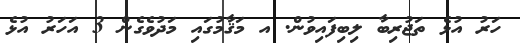
ހަރު އުޅެ ތަޖުރިބާ ލިބިފައިވުން. އ މަޤާމުގައި މަދުވެގެން 3 އަހަރު އުޅެ